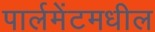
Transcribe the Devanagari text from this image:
पार्लमेंटमधील